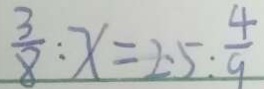
\frac { 3 } { 8 } : x = 2 . 5 : \frac { 4 } { 9 }